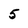
Character: 5